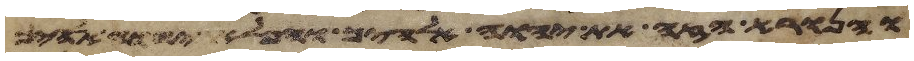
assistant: והנורא הזה את יהוה אלהיך והפלא יהוה אלהיך